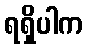
ရရှိပါက